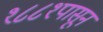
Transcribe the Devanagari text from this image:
१८८१पासून